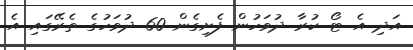
އަދި އެ ޓޯ ކުރާ ދުވަހުން ފެށިގެން 60 ދުވަހުގެ ތެރޭގައި އެ